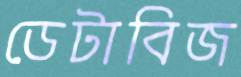
ডেটাবিজ